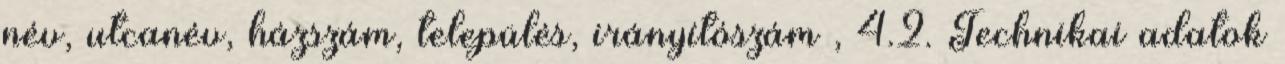
név, utcanév, házszám, település, irányítószám , 4.2. Technikai adatok